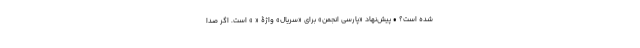
شده است؟ • پیش‌نهاد «پارسی انجمن» برای «سریال» واژۀ « » است. اگر صدا